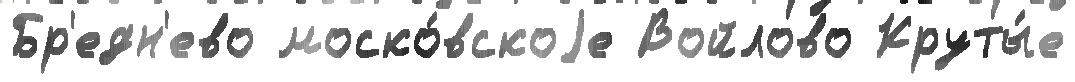
Бр'едн'ево моско́вскоjе Войлово Круты́е